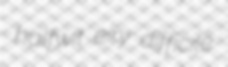
halfwit eiry difficile